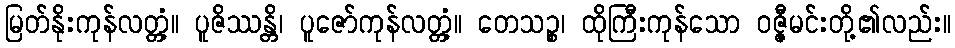
မြတ်နိုးကုန်လတ္တံ့။ ပူဇိဿန္တိ၊ ပူဇော်ကုန်လတ္တံ့။ တေသဉ္စ၊ ထိုကြီးကုန်သော ဝဇ္ဇီမင်းတို့၏လည်း။